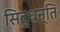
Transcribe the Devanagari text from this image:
सिद्धन्ति